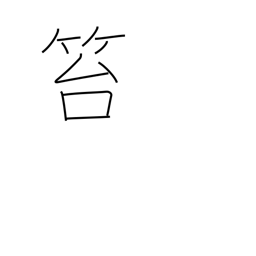
Meaning: crime punishable by flogging